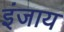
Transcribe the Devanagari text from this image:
इंजाय